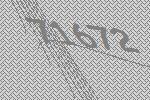
71672